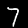
Digit: 7